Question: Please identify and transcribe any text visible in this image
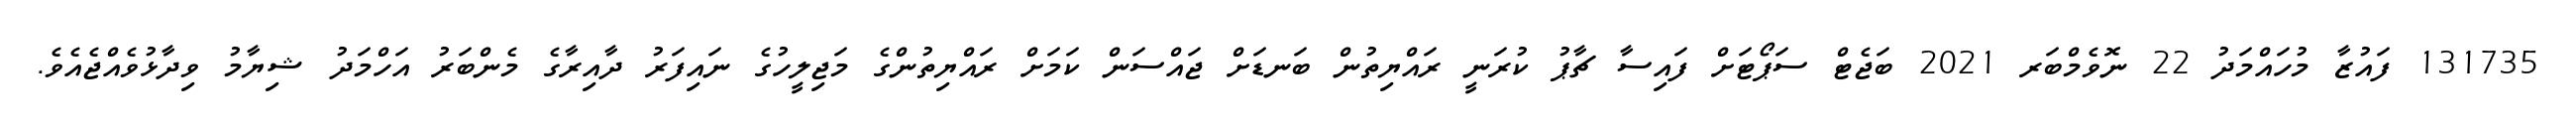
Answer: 131735 ފައުޒާ މުހައްމަދު 22 ނޮވެމްބަރ 2021 ބަޖެޓް ސަޕޯޓަށް ފައިސާ ޗާޕު ކުރަނީ ރައްޔިތުން ބަނޑަށް ޖައްސަން ކަމަށް ރައްޔިތުންގެ މަޖިލީހުގެ ނައިފަރު ދާއިރާގެ މެންބަރު އަހްމަދު ޝިޔާމު ވިދާޅުވެއްޖެއެވެ.